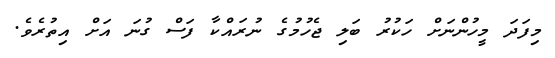
މިފަދަ މީހުންނަށް ހަކުރު ބަލި ޖެހުމުގެ ނުރައްކާ ފަސް ގުނަ އަށް އިތުރެވެ.